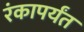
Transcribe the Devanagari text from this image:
रंकापर्यंत